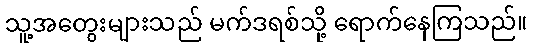
သူ့အတွေးများသည် မက်ဒရစ်သို့ ရောက်နေကြသည်။